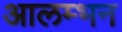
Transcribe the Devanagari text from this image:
आलम्भन